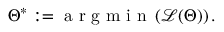
\Theta ^ { * } : = \mathrm { ~ a ~ r ~ g ~ m ~ i ~ n ~ } \left( \mathcal { L } ( \Theta ) \right) .